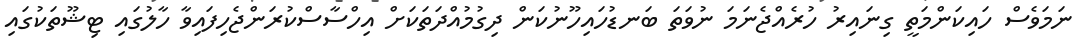
ނަމަވެސް ހައިކަންމަތީ ގިނައިރު ހުރެއްޖެނަމަ ނުވަތަ ބަނޑުހައިހޫނުކަން ދިގުމުއްދަތަކަށް އިހްސާސްކުރަންޖެހިފައިވާ ހާލުގައި ޓިޝޫތަކުގައި